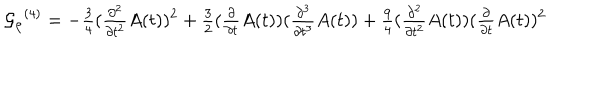
LaTeX: { { \cal { G } } _ { \rho } } ^ { { ( 4 ) } } = - { \textstyle \frac { 3 } { 4 } } ( { \textstyle \frac { \partial ^ { 2 } } { \partial t ^ { 2 } } } { A } ( t ) ) ^ { 2 } + { \textstyle \frac { 3 } { 2 } } ( { \textstyle \frac { \partial } { \partial t } } { A } ( t ) ) ( { \textstyle \frac { \partial ^ { 3 } } { \partial t ^ { 3 } } } { A } ( t ) ) + { \textstyle \frac { 9 } { 4 } } ( { \textstyle \frac { \partial ^ { 2 } } { \partial t ^ { 2 } } } { A } ( t ) ) ( { \textstyle \frac { \partial } { \partial t } } { A } ( t ) ) ^ { 2 }